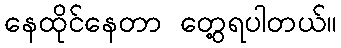
နေထိုင်နေတာ တွေ့ရပါတယ်။